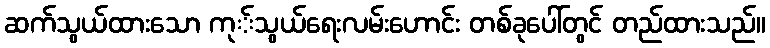
ဆက်သွယ်ထားသော ကု်သွယ်ရေးလမ်းဟောင်း တစ်ခုပေါ်တွင် တည်ထားသည်။